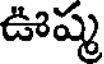
ఊష్మ